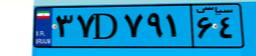
۹۶D۸۵۹۲۶